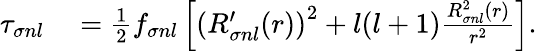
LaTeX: \begin{array}{rl}{\tau_{\sigma nl}}&{{}=\frac{1}{2}f_{\sigma nl}\left[\left(R_{\sigma nl}^{\prime}(r)\right)^{2}+l(l+1)\frac{R_{\sigma nl}^{2}(r)}{r^{2}}\right].}\end{array}